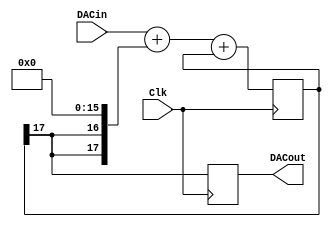
`timescale 100 ps / 10 ps
`define MSBI 15

module udsdac1(Clk, DACin, DACout);
output DACout;
reg DACout;
input [`MSBI:0] DACin;
input Clk;

reg [`MSBI+2:0] DeltaAdder;
reg [`MSBI+2:0] SigmaAdder;
reg [`MSBI+2:0] SigmaLatch;
reg [`MSBI+2:0] DeltaB;

initial begin
        SigmaLatch = 1'b1 << (`MSBI+1);
        DACout = 1'b0;
end

always @(SigmaLatch) DeltaB = {SigmaLatch[`MSBI+2], SigmaLatch[`MSBI+2]} << (`MSBI+1);
always @(DACin or DeltaB) DeltaAdder = DACin + DeltaB;
always @(DeltaAdder or SigmaLatch) SigmaAdder = DeltaAdder + SigmaLatch;
always @(posedge Clk)
begin
        SigmaLatch <=  SigmaAdder;
        DACout <=  SigmaLatch[`MSBI+2];
end
endmodule